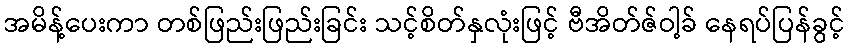
အမိန့်ပေးကာ တစ်ဖြည်းဖြည်းခြင်း သင့်စိတ်နှလုံးဖြင့် ဗီအိတ်ဇ်ဝါ့ခ် နေရပ်ပြန်ခွင့်